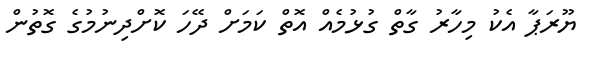
ޔޫރަޕާ އެކު މިހާރު ގާތް ގުޅުމެއް އޮތް ކަމަށް ދޭހަ ކޮށްދިނުމުގެ ގޮތުން